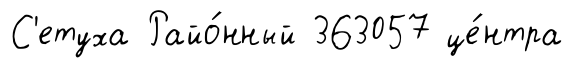
С'етуха Райо́нный 363057 це́нтра